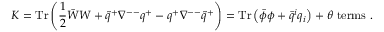
K = \mathrm { T r } \left( \frac { 1 } { 2 } \bar { W } W + \tilde { q } ^ { + } \nabla ^ { -- } q ^ { + } - q ^ { + } \nabla ^ { -- } \tilde { q } ^ { + } \right) = \mathrm { T r } \left( \bar { \phi } \phi + \bar { q } ^ { i } q _ { i } \right) + \theta \ \mathrm { t e r m s } \ .